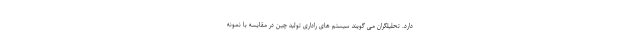
دارد. تحلیلگران می گویند سیستم های راداری تولید چین در مقایسه با نمونه